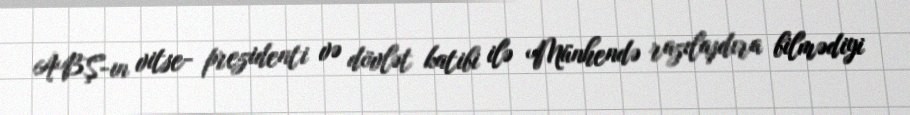
ABŞ-ın vitse- prezidenti və dövlət katibi ilə Münhendə razılaşdıra bilmədiyi